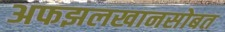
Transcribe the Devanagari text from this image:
अफझलखानसोबत